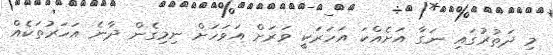
މި ދަތުރުގައި ނަގާ އަށެއްކަ އަހަރަކީ ވަރަށް އަވަހަށް ނިމިގެން ދާނެ އަހަރުތަކެއް